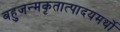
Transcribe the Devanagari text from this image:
बहुजन्मकृतात्पादयमर्थो